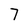
Character: 7